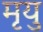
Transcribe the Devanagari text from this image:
मृयु